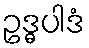
ဥဒ္ဓပါဒံ